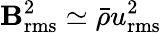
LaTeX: \mathbf{B}_{\mathrm{{rms}}}^{2}\simeq{\bar{{\rho}}}u_{\mathrm{{rms}}}^{2}